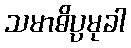
သမာဓိပ္ပမုခါ